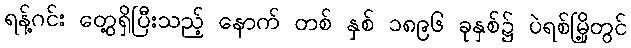
ရန့်ဂင်း တွေ့ရှိပြီးသည့် နောက် တစ် နှစ် ၁၈၉၆ ခုနှစ်၌ ပဲရစ်မြို့တွင်